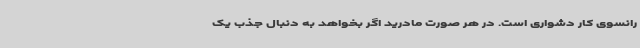
رانسوی کار دشواری است. در هر صورت مادرید اگر بخواهد به دنبال جذب یک